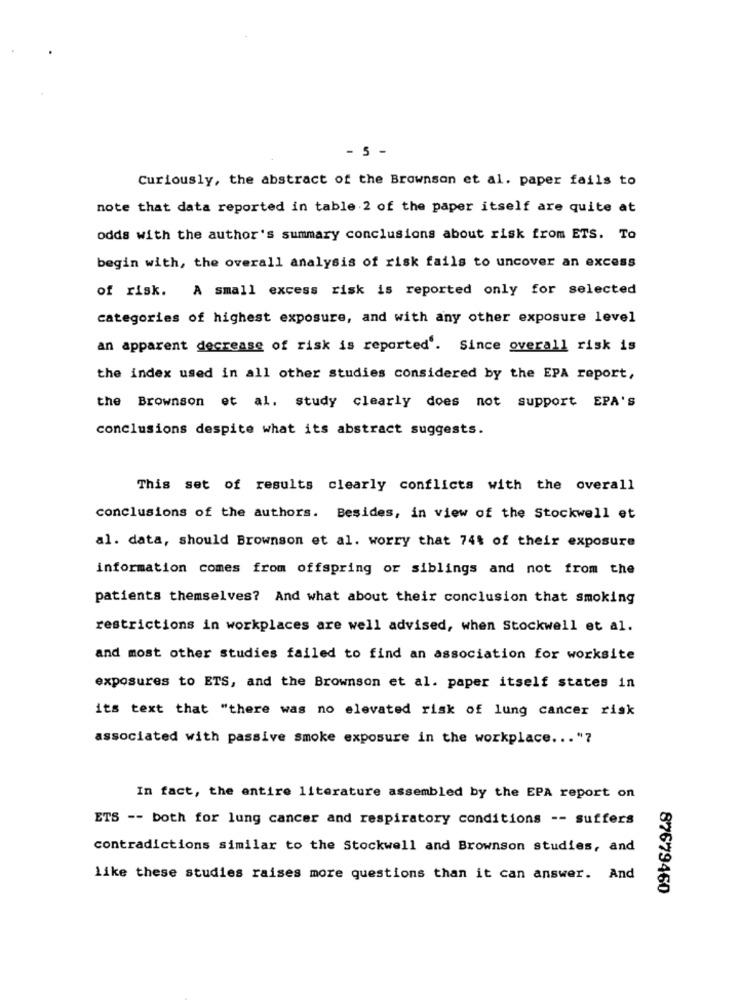
- 5 -
Curiously, the abstract of the Brownson et al. paper fails to
note that data reported in table 2 of the paper itself are quite at
odds with the author's summary conclusions about risk from ETS. To
begin with, the overall analysis of risk fails to uncover an excess
of risk. A small excess risk is reported only for selected
categories of highest exposure, and with any other exposure level
an apparent decrease of risk is reported'. Since overall risk is
the index used in all other studies considered by the EPA report,
the Brownson et al. study clearly does not support EPA'S
conclusions despite what its abstract suggests.
This set of results clearly conflicts with the overall
conclusions of the authors. Besides, in view of the Stockwell et
al. data, should Brownson et al. worry that 74% of their exposure
information comes from offspring or siblings and not from the
patients themselves? And what about their conclusion that smoking
restrictions in workplaces are well advised, when Stockwell et al.
and most other studies failed to find an association for worksite
exposures to ETS, and the Brownson et al. paper itself states in
its text that "there was no elevated risk of lung cancer risk
associated with passive smoke exposure in the workplace ... "7
In fact, the entire literature assembled by the EPA report on
ETS -- both for lung cancer and respiratory conditions -- suffers
contradictions similar to the Stockwell and Brownson studies, and
like these studies raises more questions than it can answer. And
87679460